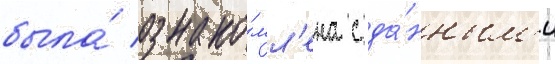
была́ ознако́мл'ена с да́нным'и